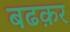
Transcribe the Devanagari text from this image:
बढक़र